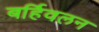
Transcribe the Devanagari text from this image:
बर्हिवलन